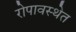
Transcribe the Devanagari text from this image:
रोपावस्थेत